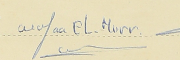
Wafaa EL-Murr